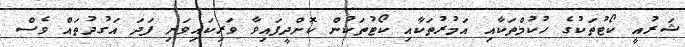
ޝަރުއީ ކޯޓުތަކުގެ ހުކުމްތަކާއި އަމުރުތަކާއި ކޯޓުތަކުން ކޮށްދީފައިވާ ވަރިކައިވަނި ފަދަ އަގުދުތައް ވެސް